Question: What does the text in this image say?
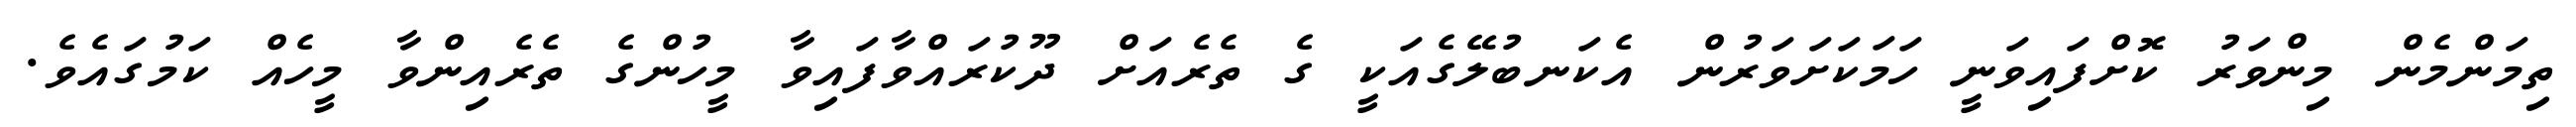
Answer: ތިމަންމެން މިންވަރު ކޮށްފައިވަނީ ހަމަކަށަވަރުން އެކަނބުލޭގެއަކީ ގެ ތެރެއަށް ދޫކުރައްވާފައިވާ މީހުންގެ ތެރެއިންވާ މީހެއް ކަމުގައެވެ.